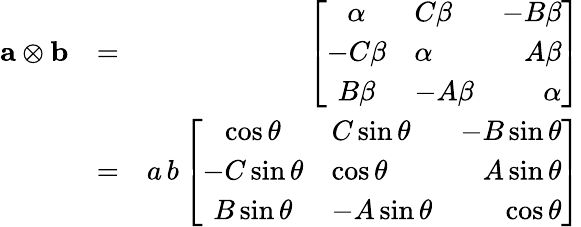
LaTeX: \begin{array}{rlr}{\textbf{a}\otimes\textbf{b}}&{=}&{\left[\begin{array}{clrr}{\alpha}&{C\beta}&{-B\beta}\\ {-C\beta}&{\alpha}&{A\beta}\\ {B\beta}&{-A\beta}&{\alpha}\end{array}\right]}\\ &{=}&{a\, b\left[\begin{array}{clrr}{\cos\theta}&{C\sin\theta}&{-B\sin\theta}\\ {-C\sin\theta}&{\cos\theta}&{A\sin\theta}\\ {B\sin\theta}&{-A\sin\theta}&{\cos\theta}\end{array}\right]}\end{array}